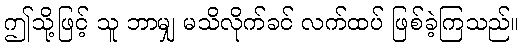
ဤသို့ဖြင့် သူ ဘာမျှ မသိလိုက်ခင် လက်ထပ် ဖြစ်ခဲ့ကြသည်။